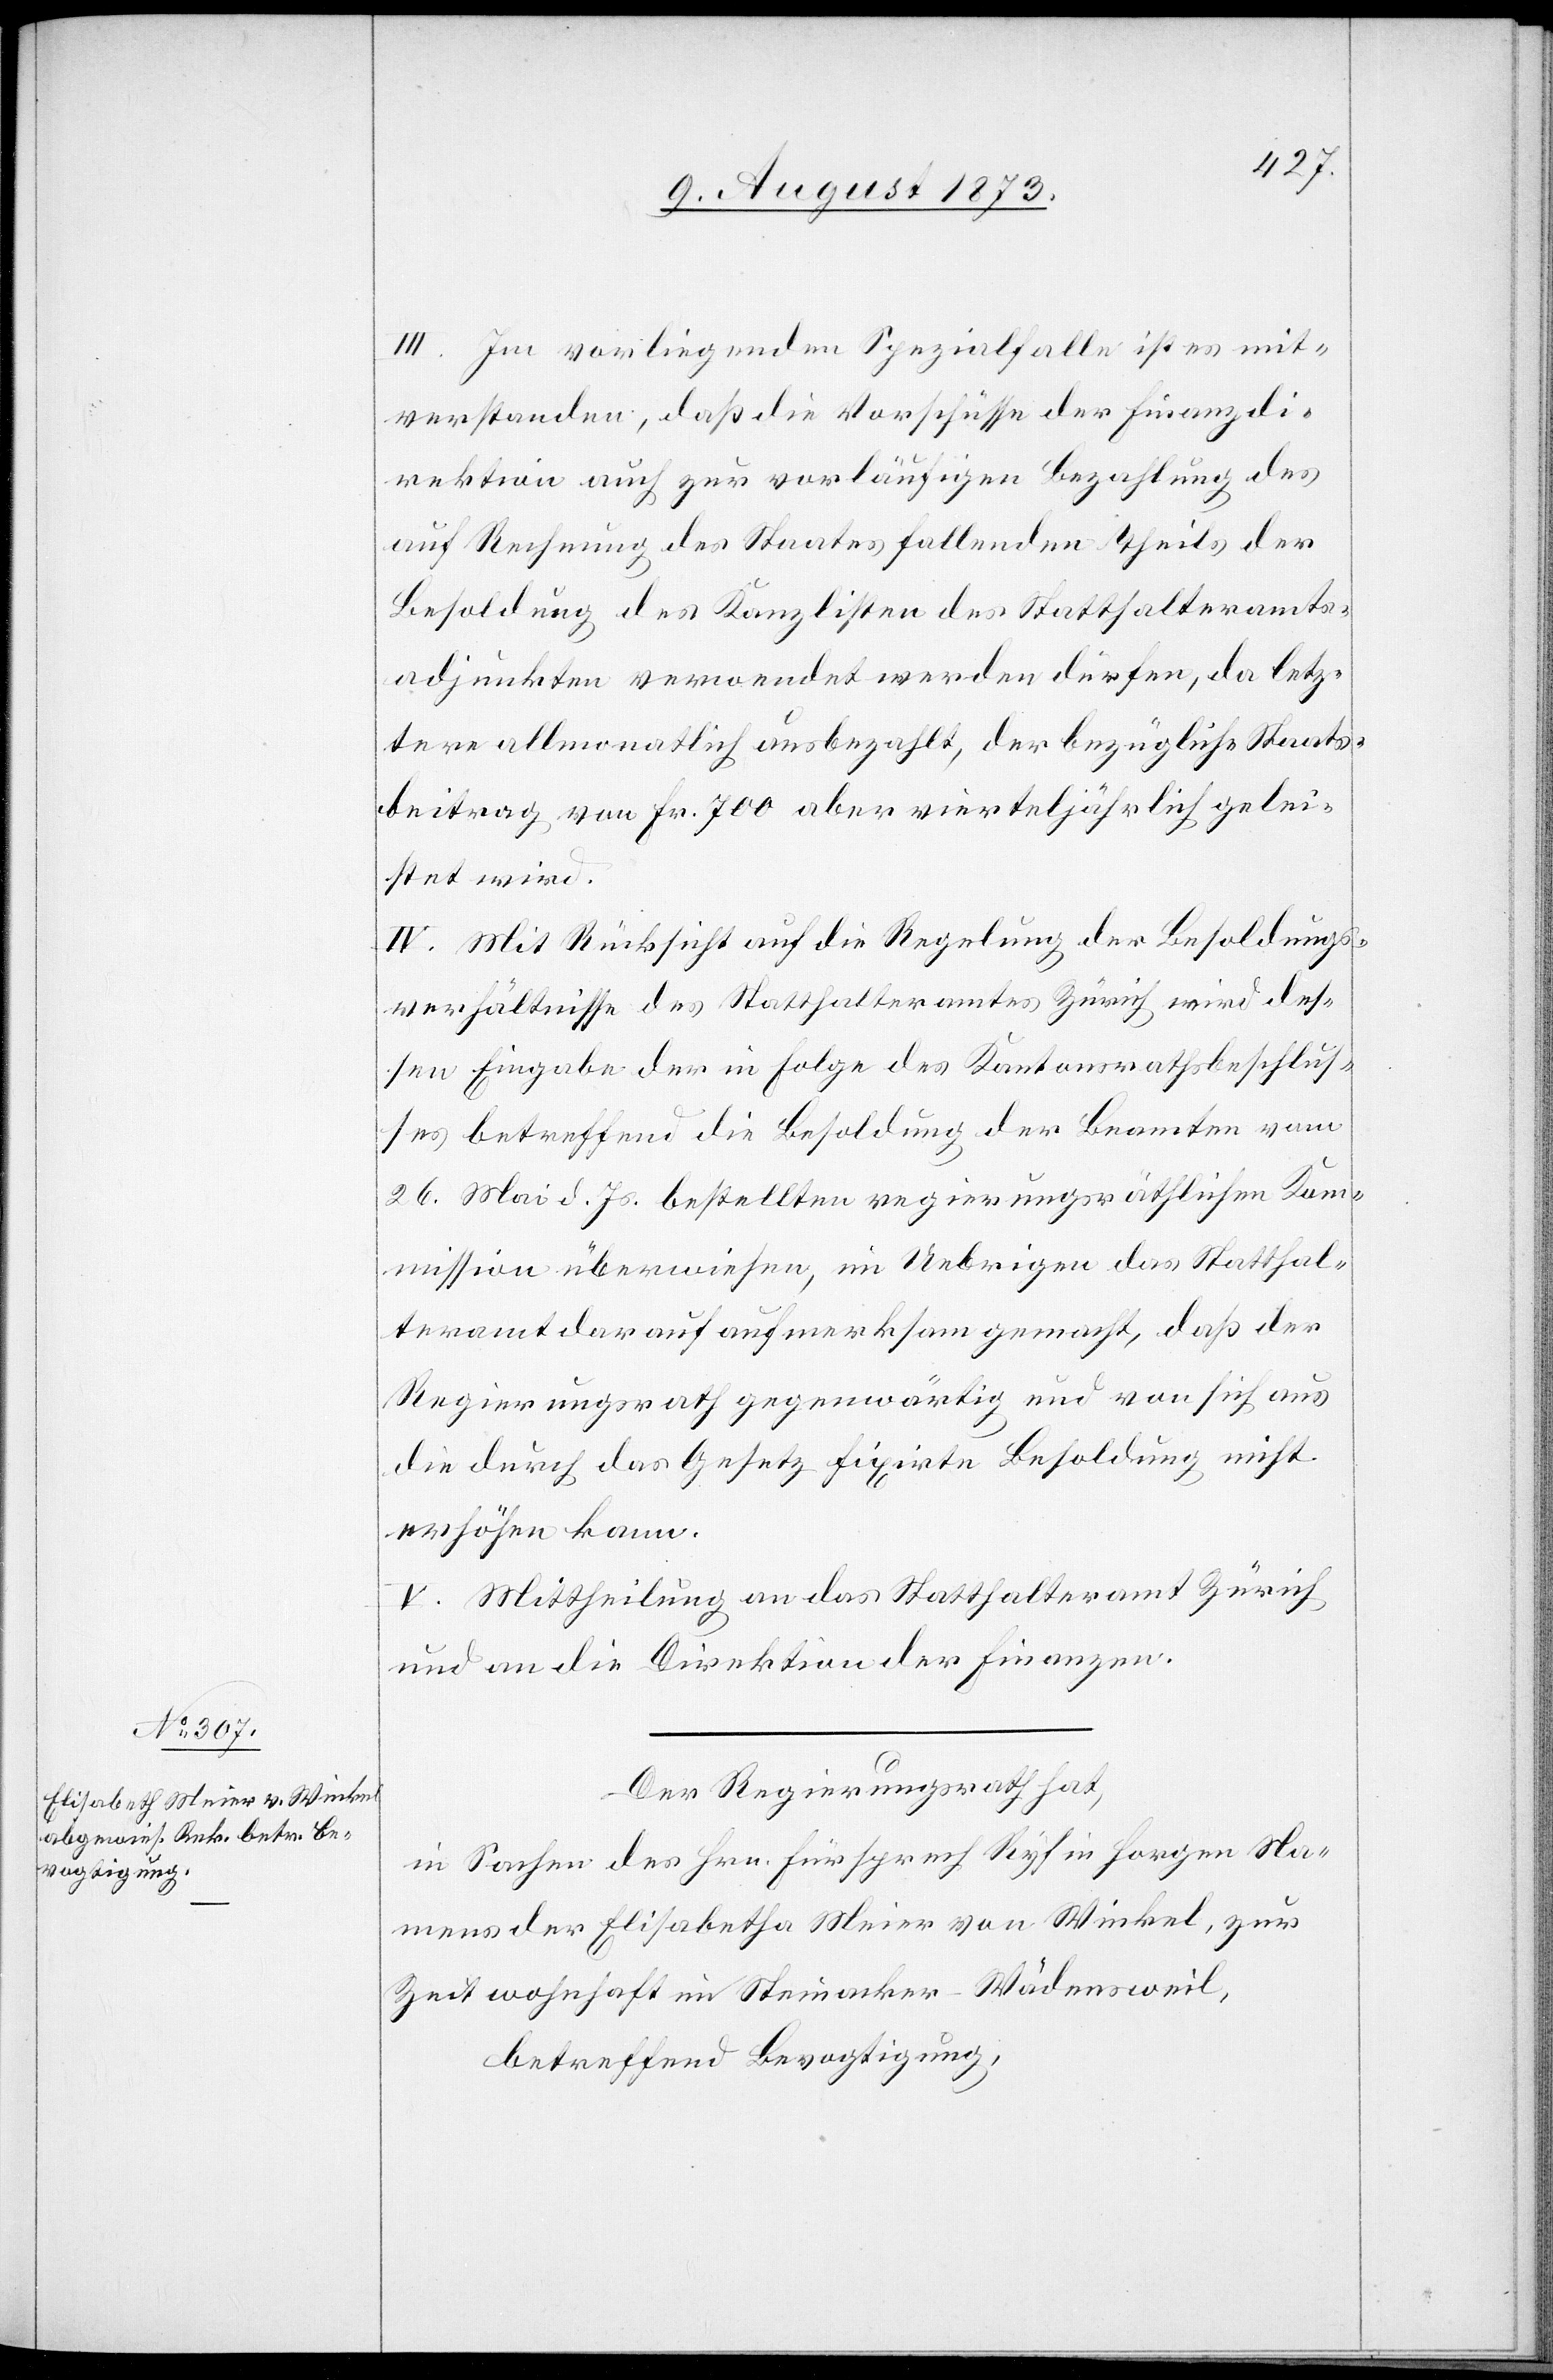
III. Im vorliegenden Spezialfalle ist es mit¬
verstanden, daß die Vorschüsse der Finanzdi¬
rektion auch zur vorläufigen Bezahlung des
auf Rechnung des Staates fallenden Theils der
Besoldung des Kanzlisten des Statthalteramts¬
adjunkten verwendet werden dürfen, da letz¬
tere allmonatlich ausbezahlt, der bezügliche Staats¬
beitrag von Fr. 700 aber vierteljährlich gelei¬
stet wird.
IV. Mit Rücksicht auf die Regelung der Besoldungs¬
verhältnisse des Statthalteramtes Zürich wird des¬
sen Eingabe der in Folge des Kantonsrathsbeschlus¬
ses betreffend die Besoldung der Beamten vom
26. Mai d. Js. bestellten regierungsräthlichen Kom¬
mission überwiesen, im Uebrigen das Statthal¬
teramt darauf aufmerksam gemacht, daß der
Regierungsrath gegenwärtig und von sich aus
die durch das Gesetz fixirte Besoldung nicht
erhöhen kann.
V. Mittheilung an das Statthalteramt Zürich
und an die Direktion der Finanzen.
Der Regierungsrath hat,
in Sachen des Hrn. Fürsprech Ryf in Horgen Na¬
mens der Elisabetha [sic!] Meier von Winkel, zur
Zeit wohnhaft in Steinacker - Wädensweil,
betreffend Bevogtigung,